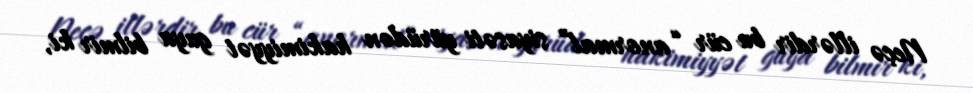
Neçə illərdir bu cür “anormal” siyasəti yürüdən hakimiyyət guya bilmir ki,